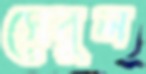
সেবুল